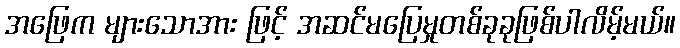
အဖြေက များသောအား ဖြင့် အဆင်မပြေမှုတစ်ခုခုဖြစ်ပါလိမ့်မယ်။